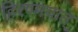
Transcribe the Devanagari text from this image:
हिरण्मयात्